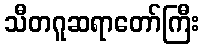
သီတဂူဆရာတော်ကြီး